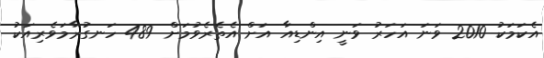
އެކަމަކު 2010 ވަނަ އަހަރު ވަނީ އިންޑިއާ އަށް އެތެރެވުމަށް 489 ހަނގުރާމަވެރިއަކު